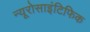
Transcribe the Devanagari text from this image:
न्यूरोसाइंटिफिक